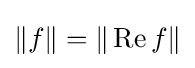
\|f\|=\|\operatorname {Re} f\|